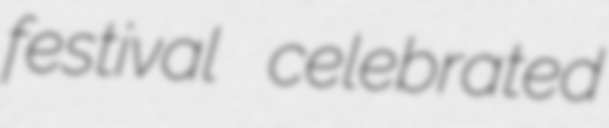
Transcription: festival celebrated